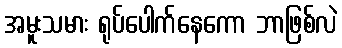
အမူးသမား ရုပ်ပေါက်နေကော ဘာဖြစ်လဲ